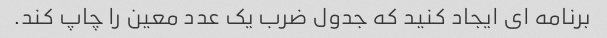
برنامه ای ایجاد کنید که جدول ضرب یک عدد معین را چاپ کند.